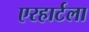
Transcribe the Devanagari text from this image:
एरहार्टला